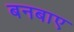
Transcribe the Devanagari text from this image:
बनबाए